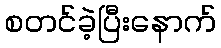
စတင်ခဲ့ပြီးနောက်